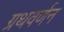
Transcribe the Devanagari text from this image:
ग्रथवर्णन